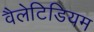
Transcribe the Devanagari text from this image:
वैलेटिडियम